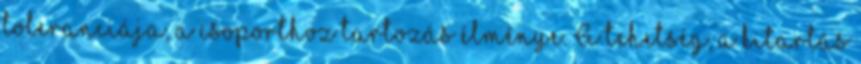
toleranciája, a csoporthoz tartozás élménye. A tehetség, a kitartás